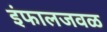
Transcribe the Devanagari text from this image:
इंफालजवळ